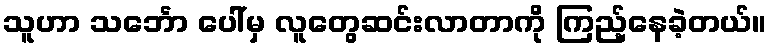
သူဟာ သင်္ဘော ပေါ်မှ လူတွေဆင်းလာတာကို ကြည့်နေခဲ့တယ်။